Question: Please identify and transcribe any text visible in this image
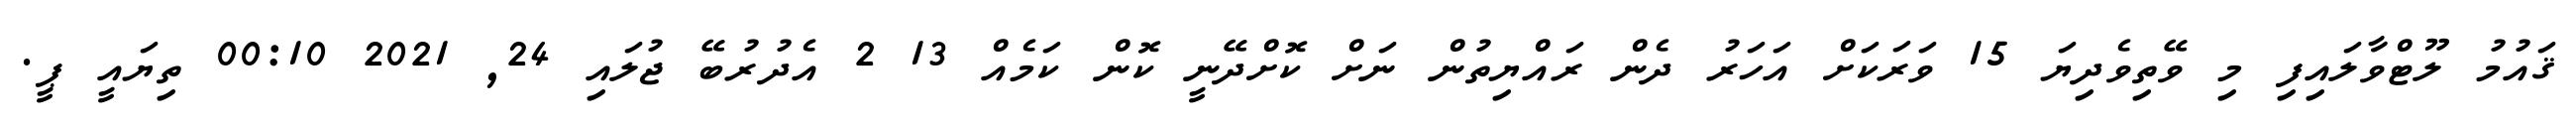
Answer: ޤައުމު ލޫޓްވާލައިފި މި ވޭތިވެދިޔަ 15 ވަރަކަށް އަހަރު ދެން ރައްޔިތުން ނަށް ކޮށްދޭނީ ކޮން ކަމެއް 13 2 އެދުރުބޭ ޖުލައި 24, 2021 00:10 ތިޔައީ ޕީ.